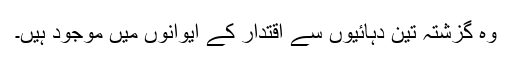
وہ گزشتہ تین دہائیوں سے اقتدار کے ایوانوں میں موجود ہیں۔